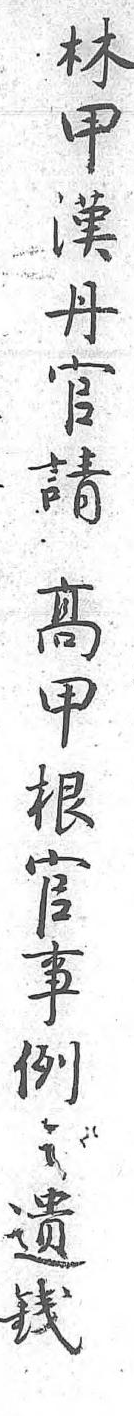
林甲漢丹官請高甲根官事例之遺錢